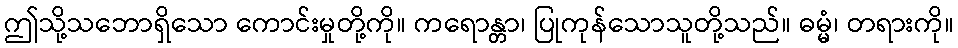
ဤသို့သဘောရှိသော ကောင်းမှုတို့ကို။ ကရောန္တာ၊ ပြုကုန်သောသူတို့သည်။ ဓမ္မံ၊ တရားကို။